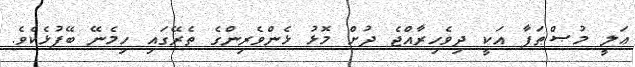
ޢަލީ މުޞްޠަފާ އަކީ ދިވެހިރާއްޖެ ދުށް މޮޅު ޅެންވެރިންގެ ތެރޭގައި ހިމެނޭ ބޭފުޅެކެވެ.